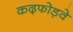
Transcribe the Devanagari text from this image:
कढ़फोड़वे